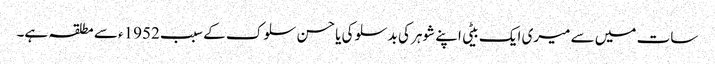
سات میں سے میری ایک بیٹی اپنے شوہر کی بدسلوکی یا حسن سلوک کے سبب 1952ء سے مطلقہ ہے۔